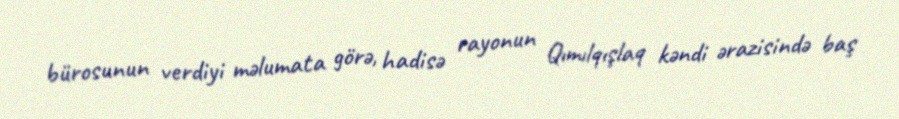
bürosunun verdiyi məlumata görə, hadisə rayonun Qımılqışlaq kəndi ərazisində baş